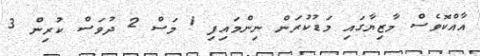
އާއްކޮވެސް މާޒިޔާގައި މަޑުކުރަން ނިންމައިފި 1 މަސް 2 ދުވަސް ކުރިން 3